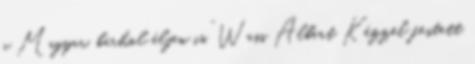
a Magyar, bárhol éljen is.” Wass Albert Kézzel festett